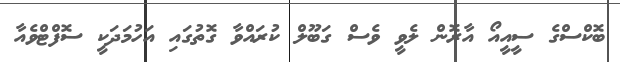
ބޮކްސްގެ ސީއީއޯ އާރޮން ލެވީ ވެސް ގަބޫލް ކުރައްވާ ގޮތުގައި އަހުމަދަކީ ސޮފްޓްވެއާ